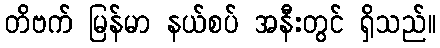
တိဗက် မြန်မာ နယ်စပ် အနီးတွင် ရှိသည်။